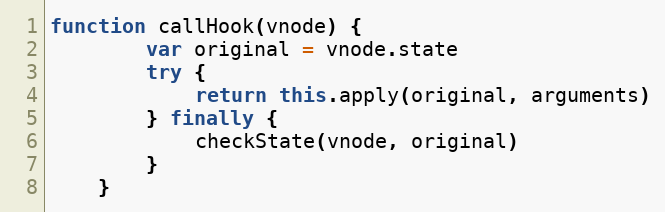
Language: JavaScript
function callHook(vnode) {
		var original = vnode.state
		try {
			return this.apply(original, arguments)
		} finally {
			checkState(vnode, original)
		}
	}